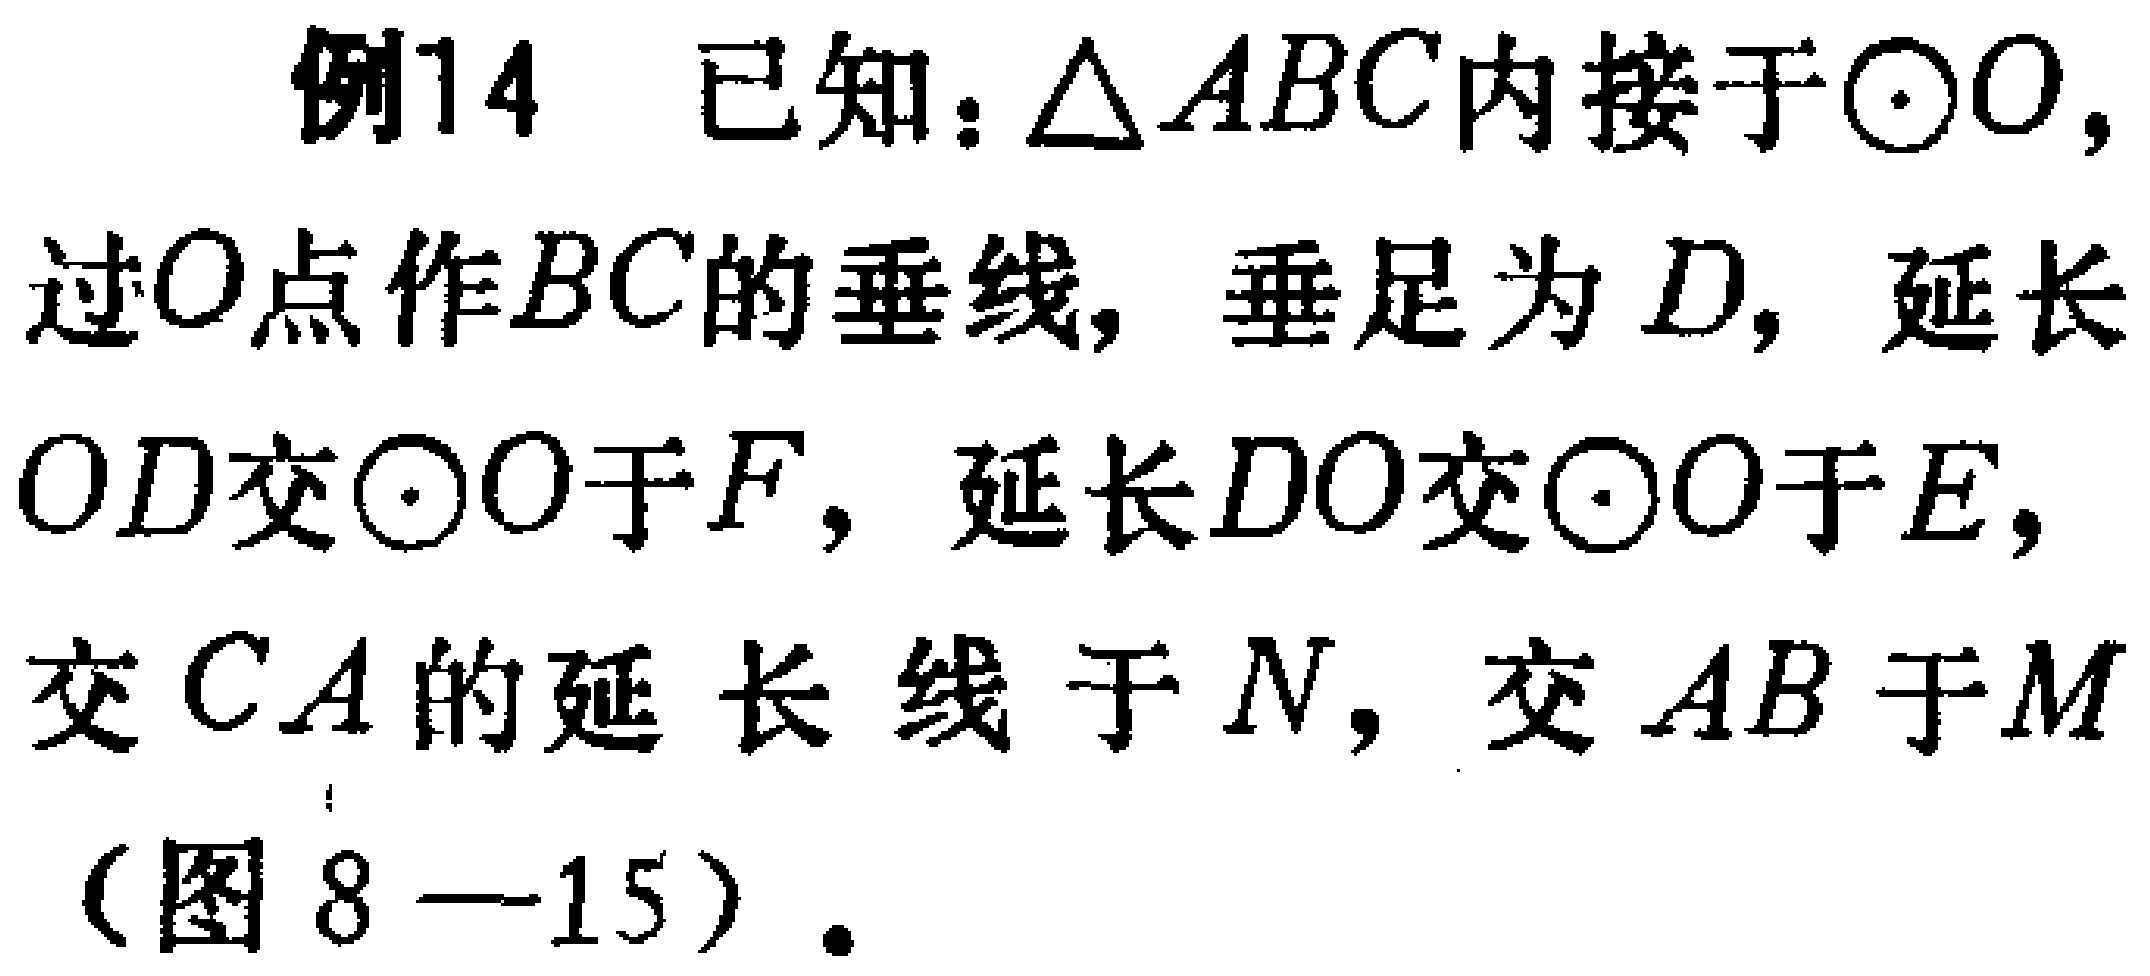
例14 已知：$\triangle ABC$内接于$\odot O$，过$O$点作$BC$的垂线，垂足为$D$，延长$OD$交$\odot O$于$F$，延长$DO$交$\odot O$于$E$，交$CA$的延长线于$N$，交$AB$于$M$（图8—15）。